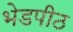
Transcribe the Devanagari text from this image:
भेडपीठ